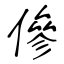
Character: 傪